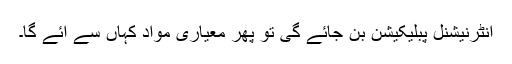
انٹرنیشنل پبلیکیشن بن جائے گی تو پھر معیاری مواد کہاں سے آئے گا۔